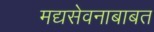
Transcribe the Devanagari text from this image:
मद्यसेवनाबाबत